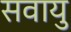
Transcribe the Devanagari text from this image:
सवायु